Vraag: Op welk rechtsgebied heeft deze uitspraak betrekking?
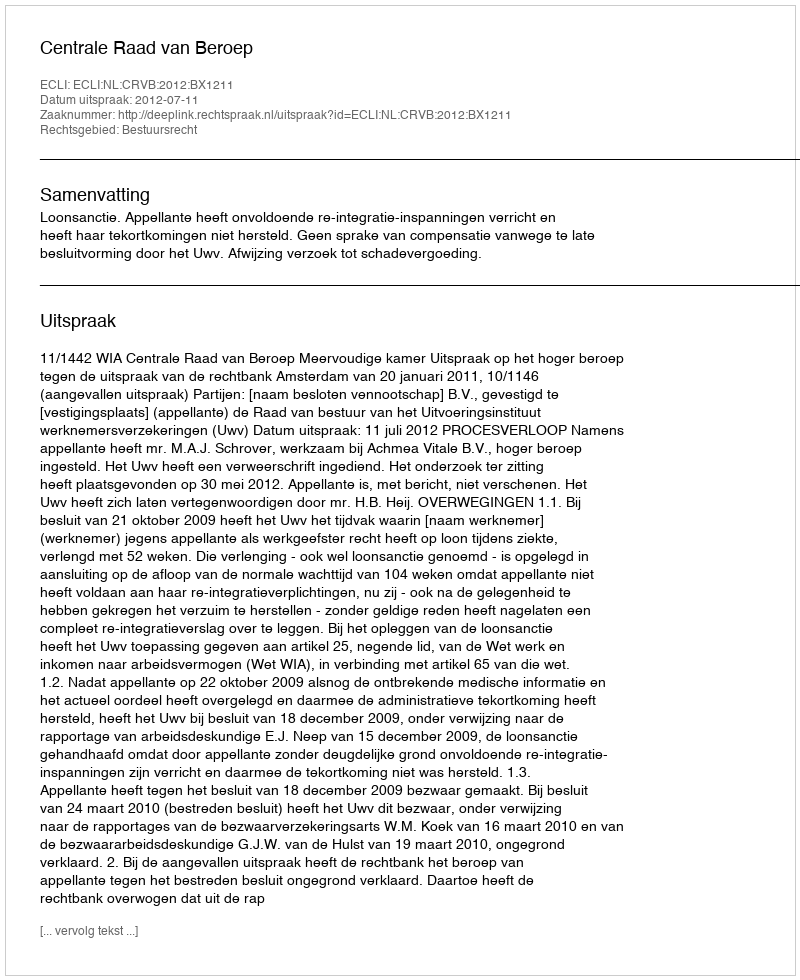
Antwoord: Bestuursrecht